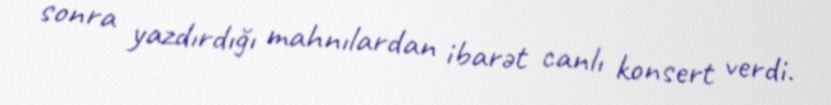
sonra yazdırdığı mahnılardan ibarət canlı konsert verdi.